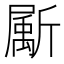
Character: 𣃁